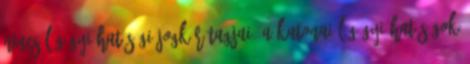
NINCS LÉGÜGYI HATÓSÁGI JOGKÖR Tagjai: a katonai légügyi hatóságok